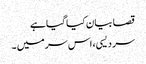
قصا بیان کیا گیا ہے
سر دیسی، اس سر میں ۔